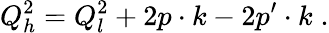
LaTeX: Q_{h}^{2}=Q_{l}^{2}+2p\cdot k-2p^{\prime}\cdot k\; .